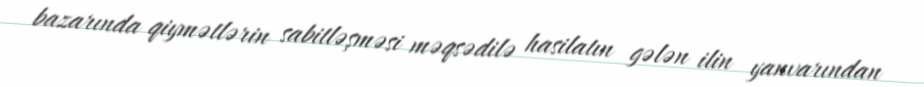
bazarında qiymətlərin sabitləşməsi məqsədilə hasilatın gələn ilin yanvarından